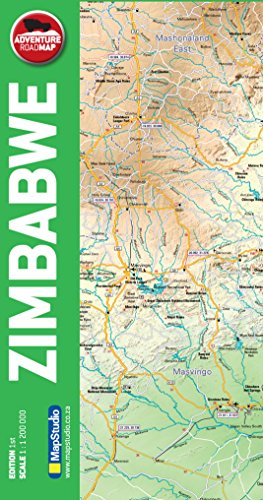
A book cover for Zimbabwe: MS.R82; Travel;